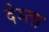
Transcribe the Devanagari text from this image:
देम्ता